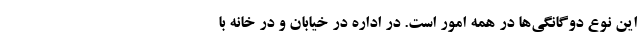
این نوع دوگانگی‌ها در همه امور است. در اداره در خیابان و در خانه با